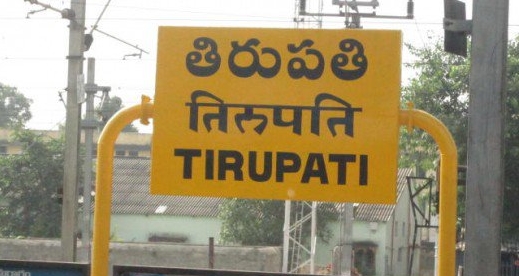
Language: telugu
Transcription: తిరుపతి